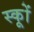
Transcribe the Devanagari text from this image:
स्कूों